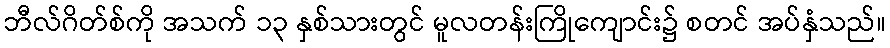
ဘီလ်ဂိတ်စ်ကို အသက် ၁၃ နှစ်သားတွင် မူလတန်းကြိုကျောင်း၌ စတင် အပ်နှံသည်။